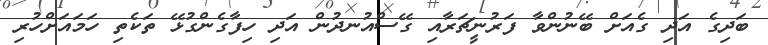
ބަދިގެ އަދި ގެއަށް ބޭނުންވާ ފަރުނީޗަރާއި ގޭސްއުނދުން އަދި ހިފާގެންގުޅޭ ތަކެތި ހަމައަށްހުރި